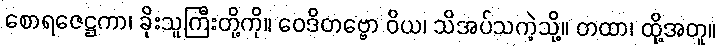
စောရဇေဋ္ဌကာ၊ ခိုးသူကြီးတို့ကို။ ဝေဒိတဗ္ဗော ဝိယ၊ သိအပ်သကဲ့သို့။ တထာ၊ ထို့အတူ။